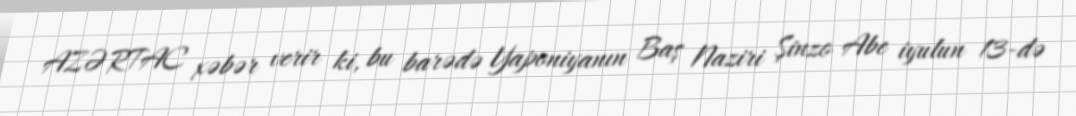
AZƏRTAC xəbər verir ki, bu barədə Yaponiyanın Baş Naziri Şinzo Abe iyulun 13-də